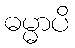
ဓမ္မာပိ